Annual administration report of the Civil Veterinary Department of India - 1897-1898
Year: 1897
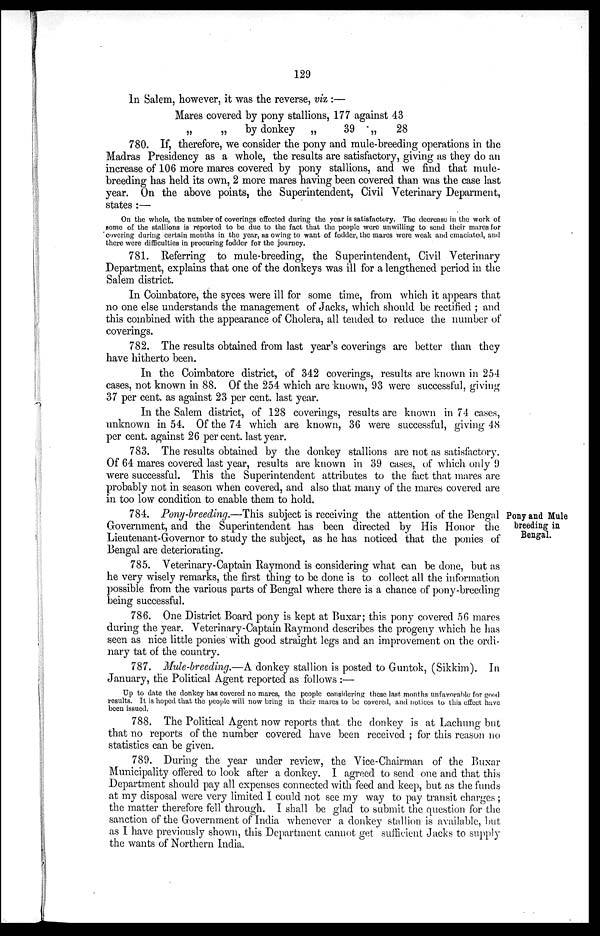
129
In Salem, however, it was the reverse, viz :—
Mares covered by pony stallions, 177 against
„
„ by donkey „
39 „
43
28
780. If, therefore, we consider the pony and mule-breeding operations in the
Madras Presidency as a whole, the results are satisfactory, giving as they do an
increase of 106 more mares covered by pony stallions, and we find that mule-
breeding has held its own, 2 more mares having been covered than was the case last
year. On the above points, the Superintendent, Civil Veterinary Deparment,
states :—
On the whole, the number of coverings effected during the year is satisfactory. The decrease in the work of
some of the stallions is reported to be due to the fact that the people were unwilling to send their mares for
covering during certain months in the year, as owing to want of fodder, the mares were weak and emaciated, and
there were difficulties in procuring fodder for the journey.
781. Referring to mule-breeding, the Superintendent, Civil Veterinary
Department, explains that one of the donkeys was ill for a lengthened period in the
Salem district.
In Coimbatore, the syces were ill for some time, from which it appears that
no one else understands the management of Jacks, which should be rectified; and
this combined with the appearance of Cholera, all tended to reduce the number of
coverings.
782. The results obtained from last year's coverings are better than they
have hitherto been.
In the Coimbatore district, of 342 coverings, results are known in 254
cases, not known in 88. Of the 254 which are known, 93 were successful, giving
37 per cent. as against 23 per cent. last year.
In the Salem district, of 128 coverings, results are known in 74 cases,
unknown in 54. Of the 74 which are known, 36 were successful, giving 48
per cent. against 26 per cent. last year.
783. The results obtained by the donkey stallions are not as satisfactory.
Of 64 mares covered last year, results are known in 39 cases, of which only 9
were successful. This the Superintendent attributes to the fact that mares are
probably not in season when covered, and also that many of the mares covered are
in too low condition to enable them to hold.
Pony and Mule
breeding in
Bengal.
784. Pony-breeding.—This subject is receiving the attention of the Bengal
Government, and the Superintendent has been directed by His Honor the
Lieutenant-Governor to study the subject, as he has noticed that the ponies of
Bengal are deteriorating.
785. Veterinary-Captain Raymond is considering what can be done, but as
he very wisely remarks, the first thing to be done is to collect all the information
possible from the various parts of Bengal where there is a chance of pony-breeding
being successful.
786. One District Board pony is kept at Buxar; this pony covered 56 mares
during the year. Veterinary-Captain Raymond describes the progeny which he has
seen as nice little ponies with good straight legs and an improvement on the ordi-
nary tat of the country.
787. Mule-breeding.—A donkey stallion is posted to Guntok, (Sikkim). In
January, the Political Agent reported as follows :—
Up to date the donkey has covered no mares, the people considering these last months unfavorable for good
results. It is hoped that the people will now bring in their mares to be covered, and notices to this effect have
been issued.
788. The Political Agent now reports that the donkey is at Lachung but
that no reports of the number covered have been received; for this reason no
statistics can be given.
789. During the year under review, the Vice-Chairman of the Buxar
Municipality offered to look after a donkey. I agreed to send one and that this
Department should pay all expenses connected with feed and keep, but as the funds
at my disposal were very limited I could not see my way to pay transit charges;
the matter therefore fell through. I shall be glad to submit the question for the
sanction of the Government of India whenever a donkey stallion is available, but
as I have previously shown, this Department cannot get sufficient Jacks to supply
the wants of Northern India.